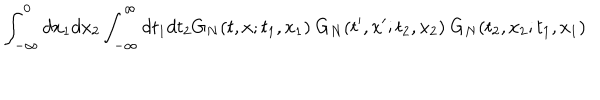
\int _ { - \infty } ^ { 0 } d x _ { 1 } d x _ { 2 } \int _ { - \infty } ^ { \infty } d t _ { 1 } d t _ { 2 } G _ { N } ( t , x ; t _ { 1 } , x _ { 1 } ) ~ G _ { N } ( t ^ { \prime } , x ^ { \prime } ; t _ { 2 } , x _ { 2 } ) ~ G _ { N } ( t _ { 2 } , x _ { 2 } ; t _ { 1 } , x _ { 1 } )